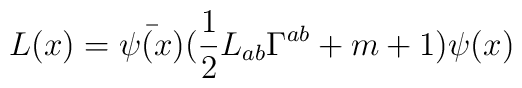
L(x)=\bar{\psi(x)}(\frac{1}{2}L_{ab}\Gamma^{ab}+m+1)\psi(x)